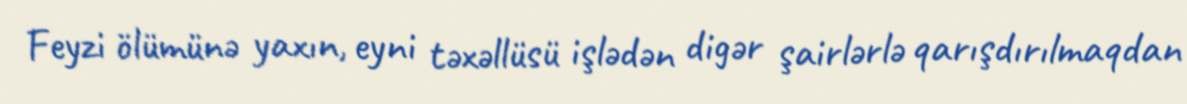
Feyzi ölümünə yaxın, eyni təxəllüsü işlədən digər şairlərlə qarışdırılmaqdan